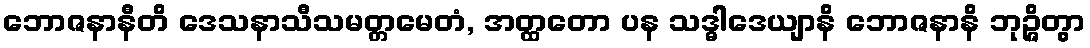
ဘောဇနာနီတိ ဒေသနာသီသမတ္တမေတံ, အတ္ထတော ပန သဒ္ဓါဒေယျာနိ ဘောဇနာနိ ဘုဉ္ဇိတွာ